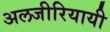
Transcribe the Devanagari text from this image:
अलजीरियायी